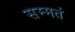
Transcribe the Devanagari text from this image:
सम्मतं